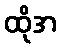
ထိုအ